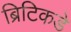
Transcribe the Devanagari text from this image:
ब्रिटिकडे